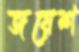
জয়েশ